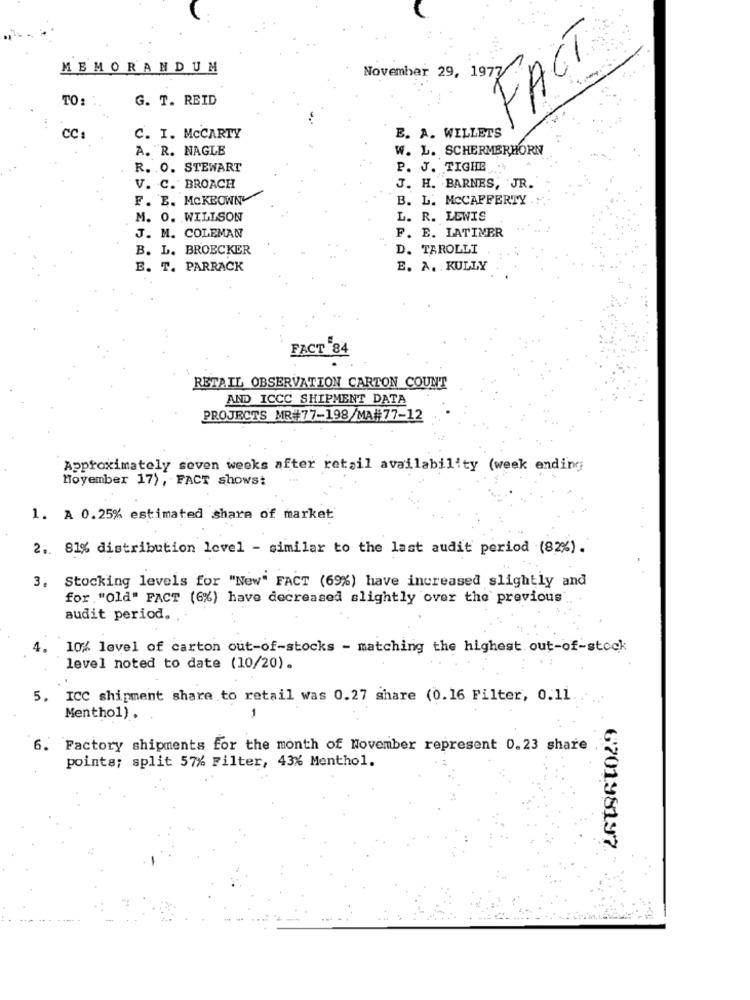
FACT
MEMORANDUM
November 29, 1977
TO
G. T. REID
CC
E. A. WILLETS
C. I. MCCARTY
A. R. NAGLE
W. L. SCHERMERHORN
R. O. STEWART
P. J. TIGHE .
V. C. BROACH
J. H. BARNES, JR.
F. E. MCKBOWNY
B. L. MCCAFFERTY
M. O. WILLSON
L. R. LEWIS
F. E. LATIMER
J. M. COLEMAN
B. L. BROECKER
D. TAROLLI
E. T. PARRACK
E. A. KULLY
FACT 84
RETAIL OBSERVATION CARTON COUNT
AND ICCC SHIPMENT DATA
PROJECTS MR#77-198/MA#77-12
Approximately seven weeks after retail availability (week ending
Hoyember 17), FACT showst
1. A 0.25% estimated share of market
2. 81% distribution level - similar to the last audit period (82%) .
3. Stocking levels for "New" FACT (69%) have increased slightly and
for "Old" FACT (6%) have decreased slightly over the previous
audit period.
4.
10% level of carton out-of-stocks - matching the highest. out-of-stock
level noted to date (10/20).
5. ICC shipment share to retail was 0.27 share (0.16 Filter, 0.11.
Menthol).
-
6. Factory shipments for the month of November represent 0.23 share
points; split 57% Filter, 43% Menthol.
670198197